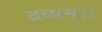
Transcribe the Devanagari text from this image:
द्रव्यम्।।